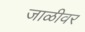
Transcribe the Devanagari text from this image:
जाळीवर